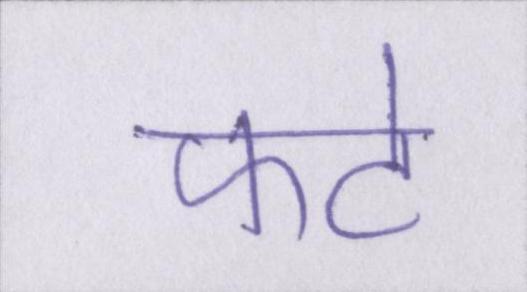
फटे